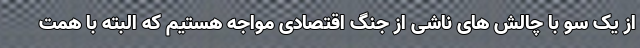
از یک سو با چالش های ناشی از جنگ اقتصادی مواجه هستیم که البته با همت